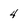
Character: 4